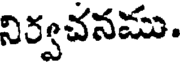
నిర్వచనము.